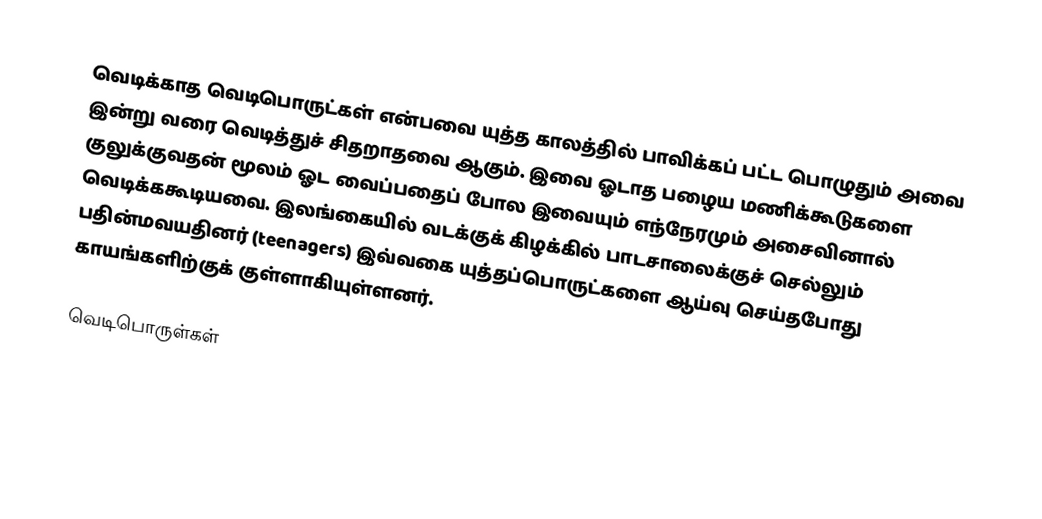
வெடிக்காத வெடிபொருட்கள் என்பவை யுத்த காலத்தில் பாவிக்கப் பட்ட பொழுதும் அவை இன்று வரை வெடித்துச் சிதறாதவை ஆகும். இவை ஓடாத பழைய மணிக்கூடுகளை குலுக்குவதன் மூலம் ஓட வைப்பதைப் போல இவையும் எந்நேரமும் அசைவினால் வெடிக்ககூடியவை. இலங்கையில் வடக்குக் கிழக்கில் பாடசாலைக்குச் செல்லும் பதின்மவயதினர் (teenagers) இவ்வகை யுத்தப்பொருட்களை ஆய்வு செய்தபோது காயங்களிற்குக் குள்ளாகியுள்ளனர்.

வெடிபொருள்கள்